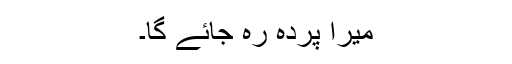
میرا پردہ رہ جائے گا۔